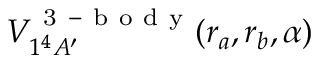
V _ { 1 ^ { 4 } A ^ { \prime } } ^ { \mathrm { ~ 3 ~ - ~ b ~ o ~ d ~ y ~ } } ( r _ { a } , r _ { b } , \alpha )